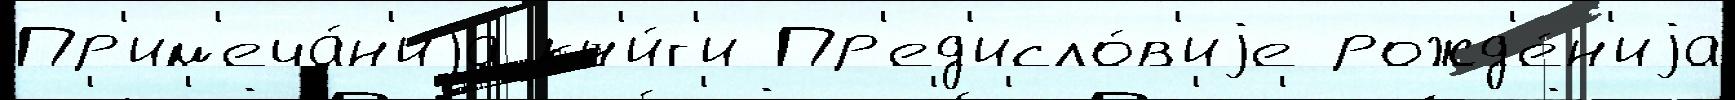
Пр'им'еча́н'иjа кн'и́г'и Пр'ед'исло́в'иjе рожд'е́н'иjа